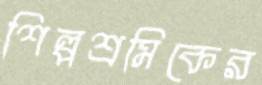
শিল্পশ্রমিকের